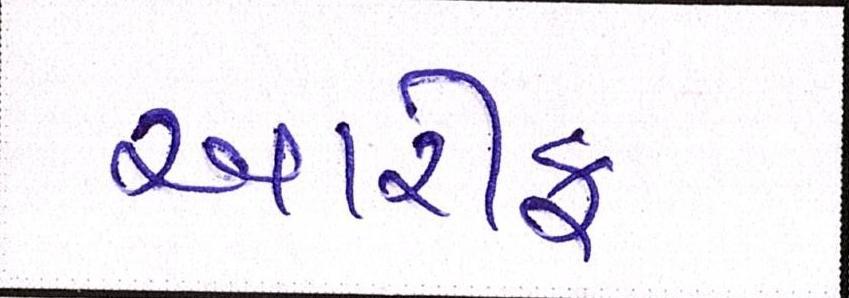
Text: આરીફ